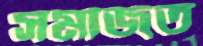
সমাজত